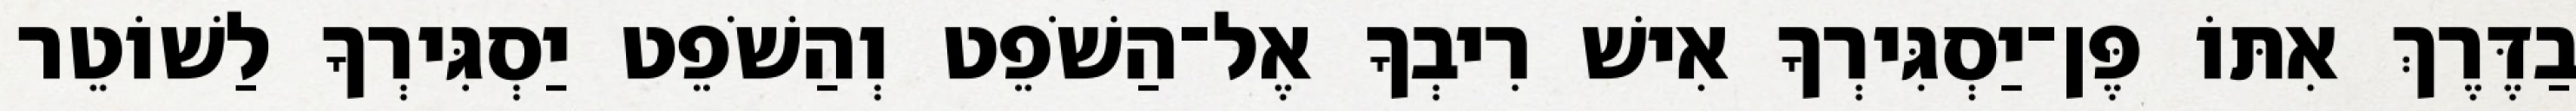
בַדֶּרֶךְ אִתּוֹ פֶּן־יַסְגִּירְךָ אִישׁ רִיבְךָ אֶל־הַשֹׁפֵט וְהַשֹׁפֵט יַסְגִּירְךָ לַשׁוֹטֵר